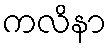
ကလိနာ